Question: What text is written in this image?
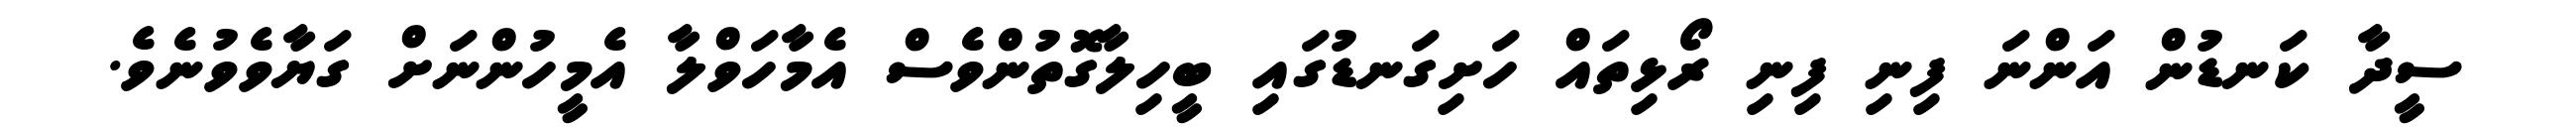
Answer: ސީދާ ކަނޑުން އަންނަ ފިނި ފިނި ރޯޅިތައް ހަށިގަނޑުގައި ބީހިލާގޮތުންވެސް އެމާހަވްލާ އެމީހުންނަށް ގަޔާވެވުނެވެ.